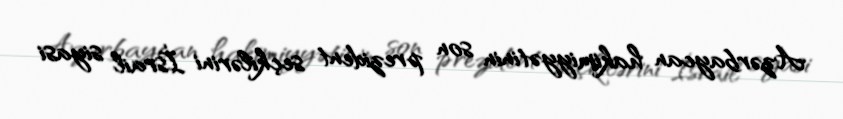
Azərbaycan hakimiyyətinin son prezident seçkilərini İsrail siyasi